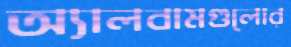
অ্যালবামগুলোর